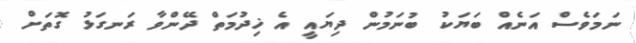
ނަމަވެސް އަނެއް ބަޔަކު ބުނަމުން ދިޔައީ އެ ޚިދުމަތް ދޭންވާ ރަނގަޅު ގޮތަށް